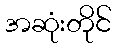
အဆုံးတိုင်